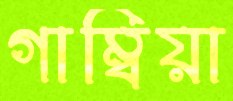
গাম্বিয়া